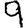
Digit: 9